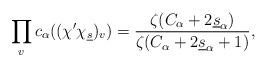
LaTeX: \begin{align*}\prod_vc_{\alpha}((\chi'\chi_{\underline{s}})_v)=\frac{\zeta(C_{\alpha}+2\underline{s}_{\alpha})}{\zeta(C_{\alpha}+2\underline{s}_{\alpha}+1)},\end{align*}